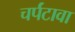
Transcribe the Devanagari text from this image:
चर्पंटावा